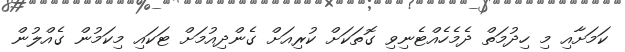
ކަމަށާއި މި ހިދުމަތް ދެމެހެއްޓެނިވި ގޮތަކަށް ކުރިއަށް ގެންދިއުމަށް ޓަކައި މިކަމުން ގެއްލުން